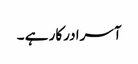
آسرا درکار ہے ۔